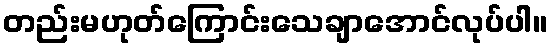
တည်းမဟုတ်ကြောင်းသေချာအောင်လုပ်ပါ။